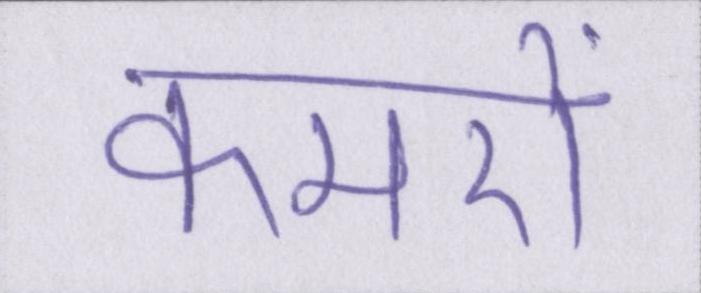
कमरों